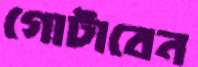
গোটাবেন